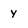
Character: y